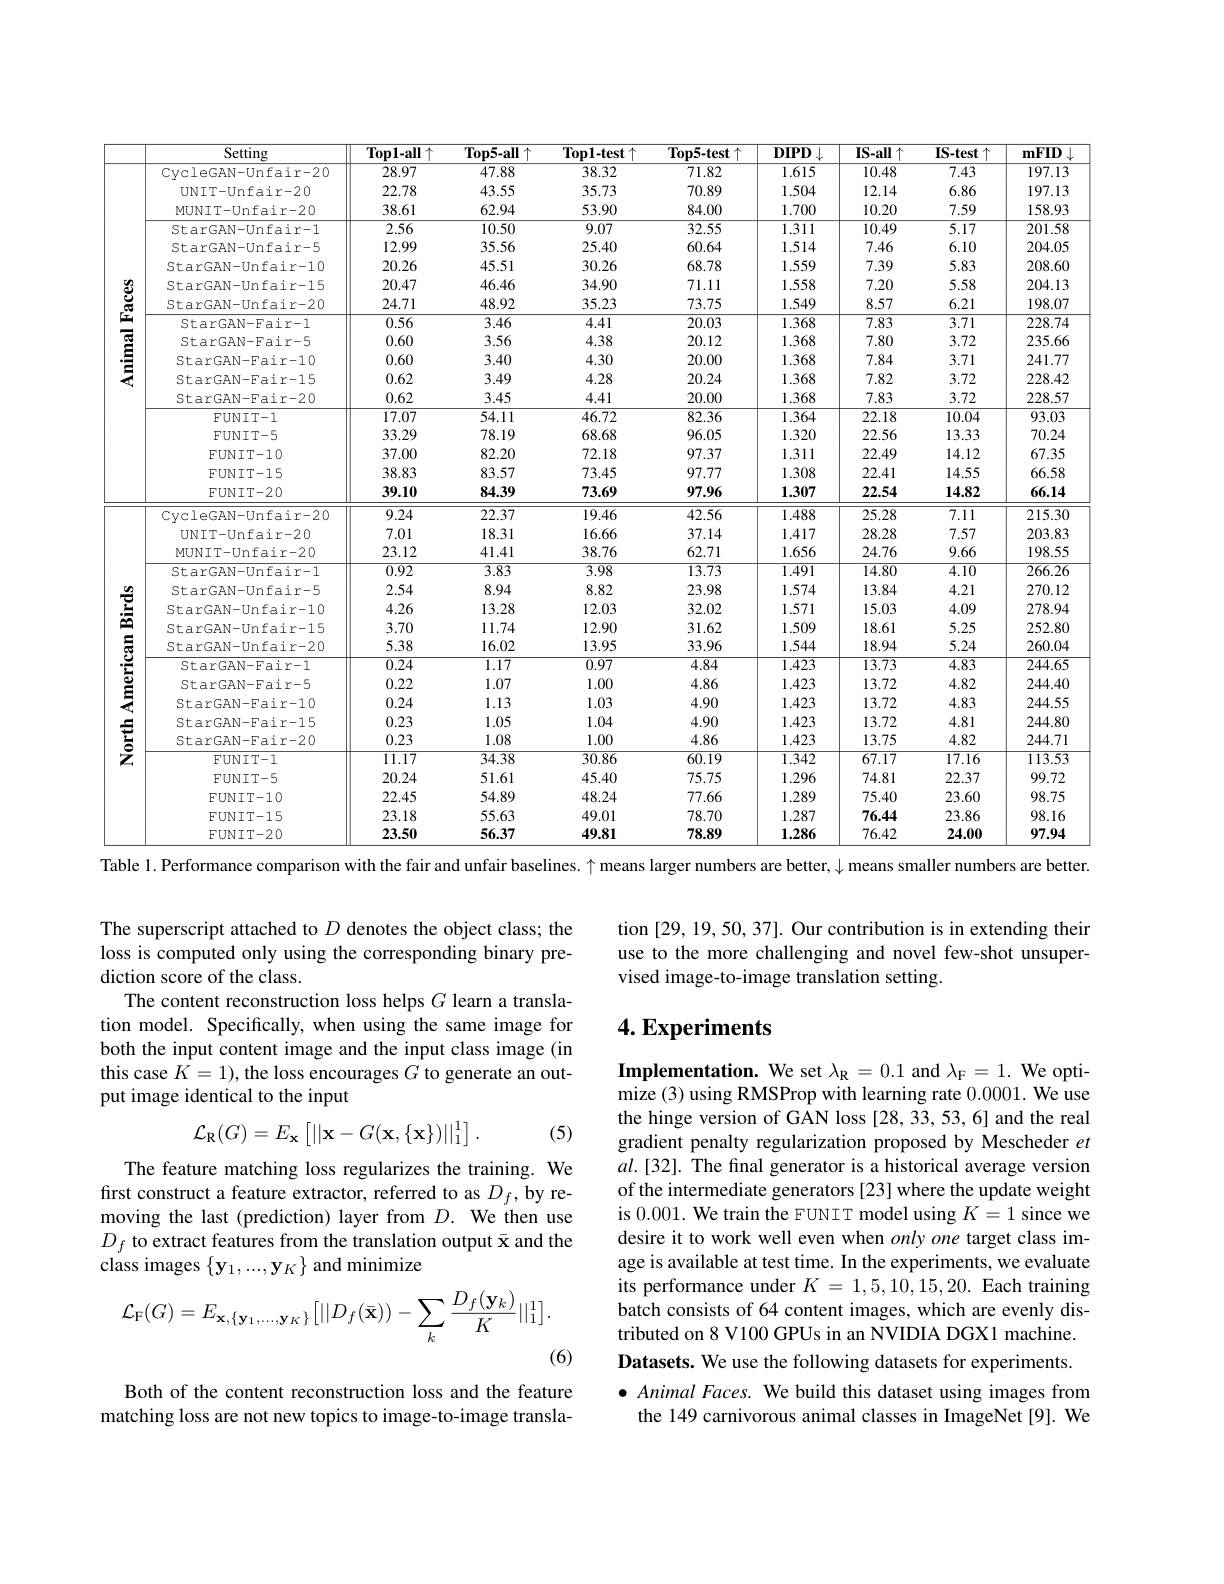
<table>
	<tbody>
		<tr>
			<th> </th>
			<th>$\overline{\text{Setting}}$</th>
			<th>$\mathbf{Top1-all}$ $1\uparrow$</th>
			<th>$\mathbf{Top5-all}$ 1个</th>
			<th>$\mathbf{Top1-test}\uparrow$</th>
			<th>$\mathbf{Top5-test}\uparrow$</th>
			<th>$DIPD$ 11.</th>
			<th>$IS-all\uparrow$</th>
			<th>$IS-test$ t个</th>
			<th>mFID</th>
		</tr>
		<tr>
			<td rowspan="18">$\mathbf{Animal~Faces}$</td>
			<td>CvcleGAN-Unfair-20</td>
			<td>28.97</td>
			<td>47.88</td>
			<td>38.32</td>
			<td>71.82</td>
			<td>1.615</td>
			<td>10.48</td>
			<td>7.43</td>
			<td>197.13</td>
		</tr>
		<tr>
			<td>UNIT-Unfair-20</td>
			<td>22.78</td>
			<td>43.55</td>
			<td>35.73</td>
			<td>70.89</td>
			<td>1.504</td>
			<td>12.14</td>
			<td>6.86</td>
			<td>197.13</td>
		</tr>
		<tr>
			<td>MUNIT-Unfair-20</td>
			<td>38.61</td>
			<td>62.94</td>
			<td>53.90</td>
			<td>84.00</td>
			<td>1.700</td>
			<td>10.20</td>
			<td>7.59</td>
			<td>158.93</td>
		</tr>
		<tr>
			<td>StarGAN-Unfair-1</td>
			<td>2.56</td>
			<td>10.50</td>
			<td>9.07</td>
			<td>32.55</td>
			<td>1.311</td>
			<td>10.49</td>
			<td>5.17</td>
			<td>201.58</td>
		</tr>
		<tr>
			<td>StarGAN-Unfair-5</td>
			<td>12.99</td>
			<td>35.56</td>
			<td>25.40</td>
			<td>60.64</td>
			<td>1.514</td>
			<td>7.46</td>
			<td>6.10</td>
			<td>204.05</td>
		</tr>
		<tr>
			<td>StarGAN-Unfair-10</td>
			<td>20.26</td>
			<td>45.51</td>
			<td>30.26</td>
			<td>68.78</td>
			<td>1.559</td>
			<td>7.39</td>
			<td>5.83</td>
			<td>208.60</td>
		</tr>
		<tr>
			<td>StarGAN-Unfair-15</td>
			<td>20.47</td>
			<td>46.46</td>
			<td>34.90</td>
			<td>71.11</td>
			<td>1.558</td>
			<td>7.20</td>
			<td>5.58</td>
			<td>204.13</td>
		</tr>
		<tr>
			<td>StarGAN-Unfair-20</td>
			<td>24.71</td>
			<td>48.92</td>
			<td>35.23</td>
			<td>73.75</td>
			<td>1.549</td>
			<td>8.57</td>
			<td>6.21</td>
			<td>198.07</td>
		</tr>
		<tr>
			<td>StarGAN-Fair-1</td>
			<td>0.56</td>
			<td>3.46</td>
			<td>4.41</td>
			<td>20.03</td>
			<td>1.368</td>
			<td>7.83</td>
			<td>3.71</td>
			<td>228.74</td>
		</tr>
		<tr>
			<td>StarGAN-Fair-5</td>
			<td>0.60</td>
			<td>3.56</td>
			<td>4.38</td>
			<td>20.12</td>
			<td>1.368</td>
			<td>7.80</td>
			<td>3.72</td>
			<td>235.66</td>
		</tr>
		<tr>
			<td>StarGAN-Fair-10</td>
			<td>0.60</td>
			<td>3.40</td>
			<td>4.30</td>
			<td>20.00</td>
			<td>1.368</td>
			<td>7.84</td>
			<td>3.71</td>
			<td>241.77</td>
		</tr>
		<tr>
			<td>StarGAN-Fair-15</td>
			<td>0.62</td>
			<td>3.49</td>
			<td>4.28</td>
			<td>20.24</td>
			<td>1.368</td>
			<td>7.82</td>
			<td>3.72</td>
			<td>228.42</td>
		</tr>
		<tr>
			<td>StarGAN-Fair-20</td>
			<td>0.62</td>
			<td>3.45</td>
			<td>4.41</td>
			<td>20.00</td>
			<td>1.368</td>
			<td>7.83</td>
			<td>3.72</td>
			<td>228.57</td>
		</tr>
		<tr>
			<td>FUNIT- 1</td>
			<td>17.07</td>
			<td>54.11</td>
			<td>46.72</td>
			<td>82.36</td>
			<td>1.364</td>
			<td>22.18</td>
			<td>10.04</td>
			<td>93.03</td>
		</tr>
		<tr>
			<td>$FUNIT-5$</td>
			<td>33.29</td>
			<td>78.19</td>
			<td>68.68</td>
			<td>96.05</td>
			<td>1.320</td>
			<td>22.56</td>
			<td>13.33</td>
			<td>70.24</td>
		</tr>
		<tr>
			<td>FUNIT- 10</td>
			<td>37.00</td>
			<td>82.20</td>
			<td>72.18</td>
			<td>97.37</td>
			<td>1.311</td>
			<td>22.49</td>
			<td>14.12</td>
			<td>67.35</td>
		</tr>
		<tr>
			<td>FUNIT- 15</td>
			<td>38.83</td>
			<td>83.57</td>
			<td>73.45</td>
			<td>97.77</td>
			<td>1.308</td>
			<td>22.41</td>
			<td>14.55</td>
			<td>66.58</td>
		</tr>
		<tr>
			<td>$FUN\bot1-15$</td>
			<td>$\mathcal{J}\boldsymbol{8}.\boldsymbol{8}.\boldsymbol{9}$</td>
			<td>8.0.1</td>
			<td>1 ,</td>
			<td> </td>
			<td>1..308</td>
			<td>$\angle\angle\angle.41$</td>
			<td>14.00</td>
			<td>00.28</td>
		</tr>
		<tr>
			<td> </td>
			<td>FUNIT- 20</td>
			<td>39.10</td>
			<td>84.39</td>
			<td>73.69</td>
			<td>97.96</td>
			<td>1.307</td>
			<td>22.54</td>
			<td>14.82</td>
			<td>66.14</td>
		</tr>
		<tr>
			<td rowspan="23">North American Birds</td>
			<td> </td>
			<td>$\partial y.10$</td>
			<td>04.09</td>
			<td>$I.0.09$</td>
			<td>$\mathbf{y}/.\mathbf{y}$</td>
			<td>$\mathbf{I..}\mathbf{DU}$</td>
			<td>$\angle L.24$</td>
			<td>$14.0L$</td>
			<td>00.14</td>
		</tr>
		<tr>
			<td>CvcleGAN-Unfair-20</td>
			<td>9.24</td>
			<td>22.37</td>
			<td>19.46</td>
			<td>42.56</td>
			<td>1.488</td>
			<td>25.28</td>
			<td>7.11</td>
			<td>215.30</td>
		</tr>
		<tr>
			<td>elar 、一 H SIN- Unralr-20</td>
			<td>$y.\angle4$</td>
			<td>$\angle\angle..5$</td>
			<td>19.40</td>
			<td>4..00</td>
			<td>1.488</td>
			<td>$\angle D.\angle8$</td>
			<td>1.11</td>
			<td>$\angle10.50$</td>
		</tr>
		<tr>
			<td>UNIT-Unfair-20</td>
			<td>7.01</td>
			<td>18.31</td>
			<td>16.66</td>
			<td>37.14</td>
			<td>1.417</td>
			<td>28.28</td>
			<td>7.57</td>
			<td>203.83</td>
		</tr>
		<tr>
			<td>$UN\bot I$ $-\cup n$ralr-20</td>
			<td> </td>
			<td>18 1</td>
			<td>10.00</td>
			<td>.1/.14</td>
			<td>1.41.7</td>
			<td>$\angle8.\angle8$</td>
			<td> </td>
			<td>$\angle0.8.9$</td>
		</tr>
		<tr>
			<td>MUNIT-Unfair-20</td>
			<td>23.12</td>
			<td>41.41</td>
			<td>38.76</td>
			<td>62.71</td>
			<td>1.656</td>
			<td>24.76</td>
			<td>9.66</td>
			<td>198.55</td>
		</tr>
		<tr>
			<td>lvlUN $-\cup n\bot a\bot I-\angle U$</td>
			<td>$\angle.9.1\angle$</td>
			<td>41.41</td>
			<td>${\mathcal{D}}\mathbf{0}./\mathbf{0}$</td>
			<td>$0\angle.1$ A</td>
			<td>1.0.00</td>
			<td>$\angle4./0$</td>
			<td>${\mathcal{Y}.00}$</td>
			<td>$1\not0..$</td>
		</tr>
		<tr>
			<td>StarGAN-Unfair-1</td>
			<td>0.92</td>
			<td>3.83</td>
			<td>3.98</td>
			<td>13.73</td>
			<td>1.491</td>
			<td>14.80</td>
			<td>$\overline{4.10}$</td>
			<td>266.26</td>
		</tr>
		<tr>
			<td>5La arGAN-unralr-</td>
			<td>$0.9\angle$</td>
			<td>${\mathcal{D}}.{\mathcal{B}}.{\mathcal{D}}$</td>
			<td>${\boldsymbol{1}}.{\boldsymbol{y}}{\boldsymbol{8}}$</td>
			<td>1.1.1.5</td>
			<td>1.491</td>
			<td>14.80</td>
			<td>.10</td>
			<td>$\angle00.\angle0$</td>
		</tr>
		<tr>
			<td>StarGAN-Unfair-5</td>
			<td>2.54</td>
			<td>8.94</td>
			<td>8.82</td>
			<td>23.98</td>
			<td>1.574</td>
			<td>13.84</td>
			<td>4.21</td>
			<td>270.12</td>
		</tr>
		<tr>
			<td>StarGAN-Unfair-10</td>
			<td>4.26</td>
			<td>13.28</td>
			<td>12.03</td>
			<td>32.02</td>
			<td>1.571</td>
			<td>15.03</td>
			<td>4.09</td>
			<td>278.94</td>
		</tr>
		<tr>
			<td>StarGAN-Unfair-15</td>
			<td>3.70</td>
			<td>11.74</td>
			<td>12.90</td>
			<td>31.62</td>
			<td>1.509</td>
			<td>18.61</td>
			<td>5.25</td>
			<td>252.80</td>
		</tr>
		<tr>
			<td>StarGAN-Unfair-20</td>
			<td>5.38</td>
			<td>16.02</td>
			<td>13.95</td>
			<td>33.96</td>
			<td>1.544</td>
			<td>18.94</td>
			<td>5.24</td>
			<td>260.04</td>
		</tr>
		<tr>
			<td>StarGAN-Fair-1</td>
			<td>$\overline{0.24}$</td>
			<td>1.17</td>
			<td>0.97</td>
			<td>4.84</td>
			<td>1.423</td>
			<td>13.73</td>
			<td>$\overline{4.83}$</td>
			<td>244.65</td>
		</tr>
		<tr>
			<td>StarGAN-Fair-5</td>
			<td>0.22</td>
			<td>1.07</td>
			<td>1.00</td>
			<td>4.86</td>
			<td>1.423</td>
			<td>13.72</td>
			<td>4.82</td>
			<td>244.40</td>
		</tr>
		<tr>
			<td>StarGAN-Fair-10</td>
			<td>0.24</td>
			<td>1.13</td>
			<td>1.03</td>
			<td>4.90</td>
			<td>1.423</td>
			<td>13.72</td>
			<td>4.83</td>
			<td>244.55</td>
		</tr>
		<tr>
			<td>StarGAN-Fair-15</td>
			<td>0.23</td>
			<td>1.05</td>
			<td>1.04</td>
			<td>4.90</td>
			<td>1.423</td>
			<td>13.72</td>
			<td>4.81</td>
			<td>244.80</td>
		</tr>
		<tr>
			<td>StarGAN-Fair-20</td>
			<td>0.23</td>
			<td>1.08</td>
			<td>1.00</td>
			<td>4.86</td>
			<td>1.423</td>
			<td>13.75</td>
			<td>4.82</td>
			<td>244.71</td>
		</tr>
		<tr>
			<td>FUNIT- 1</td>
			<td>11.17</td>
			<td>34.38</td>
			<td>30.86</td>
			<td>60.19</td>
			<td>1.342</td>
			<td>67.17</td>
			<td>17.16</td>
			<td>113.53</td>
		</tr>
		<tr>
			<td>$FUNIT-5$</td>
			<td>20.24</td>
			<td>51.61</td>
			<td>45.40</td>
			<td>75.75</td>
			<td>1.296</td>
			<td>74.81</td>
			<td>22.37</td>
			<td>99.72</td>
		</tr>
		<tr>
			<td>FUNIT- 10</td>
			<td>22.45</td>
			<td>54.89</td>
			<td>48.24</td>
			<td>77.66</td>
			<td>1.289</td>
			<td>75.40</td>
			<td>23.60</td>
			<td>98.75</td>
		</tr>
		<tr>
			<td>FUNIT- 15</td>
			<td>23.18</td>
			<td>55.63</td>
			<td>49.01</td>
			<td>78.70</td>
			<td>1.287</td>
			<td>76.44</td>
			<td>23.86</td>
			<td>98.16</td>
		</tr>
		<tr>
			<td>FUNIT- 20</td>
			<td>23.50</td>
			<td>56.37</td>
			<td>49.81</td>
			<td>78.89</td>
			<td>1.286</td>
			<td>76.42</td>
			<td>24.00</td>
			<td>97.94</td>
		</tr>
	</tbody>
</table>
Table 1. Performance comparison with the fair and unfair baselines. $\uparrow$ means larger numbers are better, $\downarrow$ means smaller numbers are better.

The superscript attached to $D$ denotes the object class; the loss is computed only using the corresponding binary prediction score of the class.
The content reconstruction loss helps $G$ learn a translation model. Specifically, when using the same image for both the input content image and the input class image (in this case $K=1)$, the loss encourages $G$ to generate an output image identical to the input
$$\mathcal{L}_{\mathrm{R}}(G)=E_{\mathbf{x}}\left[||\mathbf{x}-G(\mathbf{x},\{\mathbf{x}\})||_{1}^{1}\right].$$
(5)

The feature matching loss regularizes the training. We first construct a feature extractor, referred to as $D_{f}$, by removing the last (prediction) layer from $D.$ We then use class images $\{\mathbf{y}_1,...,\mathbf{y}_K\}$ and minimize
$$\mathcal{L}_{\mathrm{F}}(G)=E_{\mathbf{x},\{\mathbf{y}_{1},\cdots,\mathbf{y}_{K}\}}\big[||D_{f}(\bar{\mathbf{x}})\big)-\sum_{k}\frac{D_{f}(\mathbf{y}_{k})}{K}||_{1}^{1}\big].$$
(6)

Both of the content reconstruction loss and the feature matching loss are not new topics to image-to-image transla-

tion [29,19,50,37]. Our contribution is in extending their use to the more challenging and novel few-shot unsupervised image-to-image translation setting.

## $4. \textbf{Experiments}$

Implementation. We set $\lambda_{\mathrm{R}}=0.1$ and $\lambda_{\mathrm{F}}=1.$ We optimize (3) using RMSProp with learning rate 0.0001. We use the hinge version of GAN loss [28,33,53,6] and the real gradient penalty regularization proposed by Mescheder $et$ $al.[32].$ The final generator is a historical average version of the intermediate generators [23] where the update weight is 0.001. We train the FUNIT model using $K=1$ since we desire it to work well even when $only\textit{one target class im- }$ age is available at test time. In the experiments, we evaluate its performance under $K=1,5,10,15,20.$ Each training batch consists of 64 content images, which are evenly distributed on 8 V100 GPUs in an NVIDIA DGX1 machine. Datasets. We use the following datasets for experiments $\bullet$ Animal Faces. We build this dataset using images from
the 149 carnivorous animal classes in ImageNet[9]. We